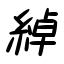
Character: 綽